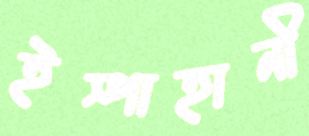
ইস্পাহানী